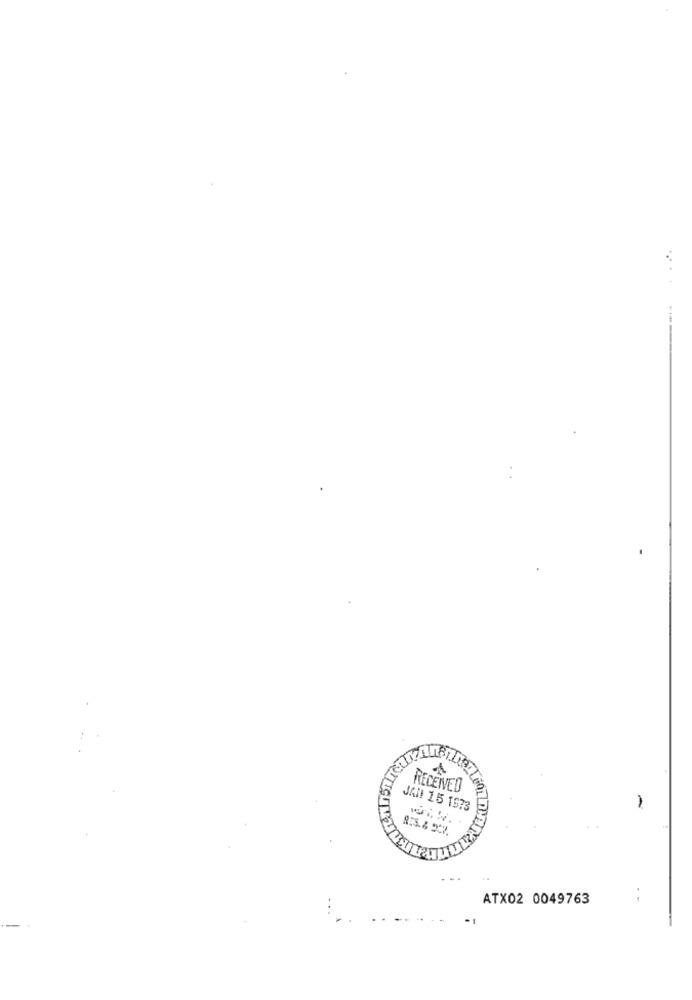
£
RECEIVED
JAN 15 1973
1
8:8.427
ATX02 0049763